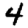
Digit: 4